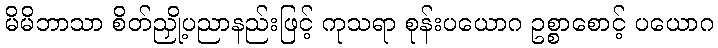
မိမိဘာသာ စိတ်ညှို့ပညာနည်းဖြင့် ကုသရာ စုန်းပယောဂ ဥစ္စာစောင့် ပယောဂ